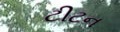
ટીટન